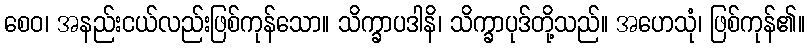
စေဝ၊ အနည်းငယ်လည်းဖြစ်ကုန်သော။ သိက္ခာပဒါနိ၊ သိက္ခာပုဒ်တို့သည်။ အဟေသုံ၊ ဖြစ်ကုန်၏။